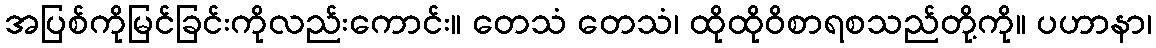
အပြစ်ကိုမြင်ခြင်းကိုလည်းကောင်း။ တေသံ တေသံ၊ ထိုထိုဝိစာရစသည်တို့ကို။ ပဟာနာ၊